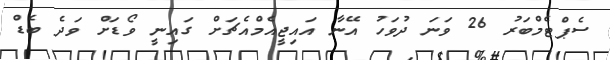
ސެޕްޓެމްބަރު 26 ވަނަ ދުވަހު އޭނާ އައިޖީއެމްއެޗަށް ގައިނީ ވޯޑަށް ވަދެ ބެޑް